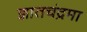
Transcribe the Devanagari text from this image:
ज्ञातचंद्रमा